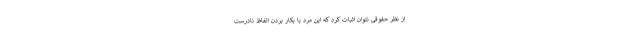
از نظر حقوقی نتوان اثبات کرد که این مرد با بکار بردن الفاظ نادرست